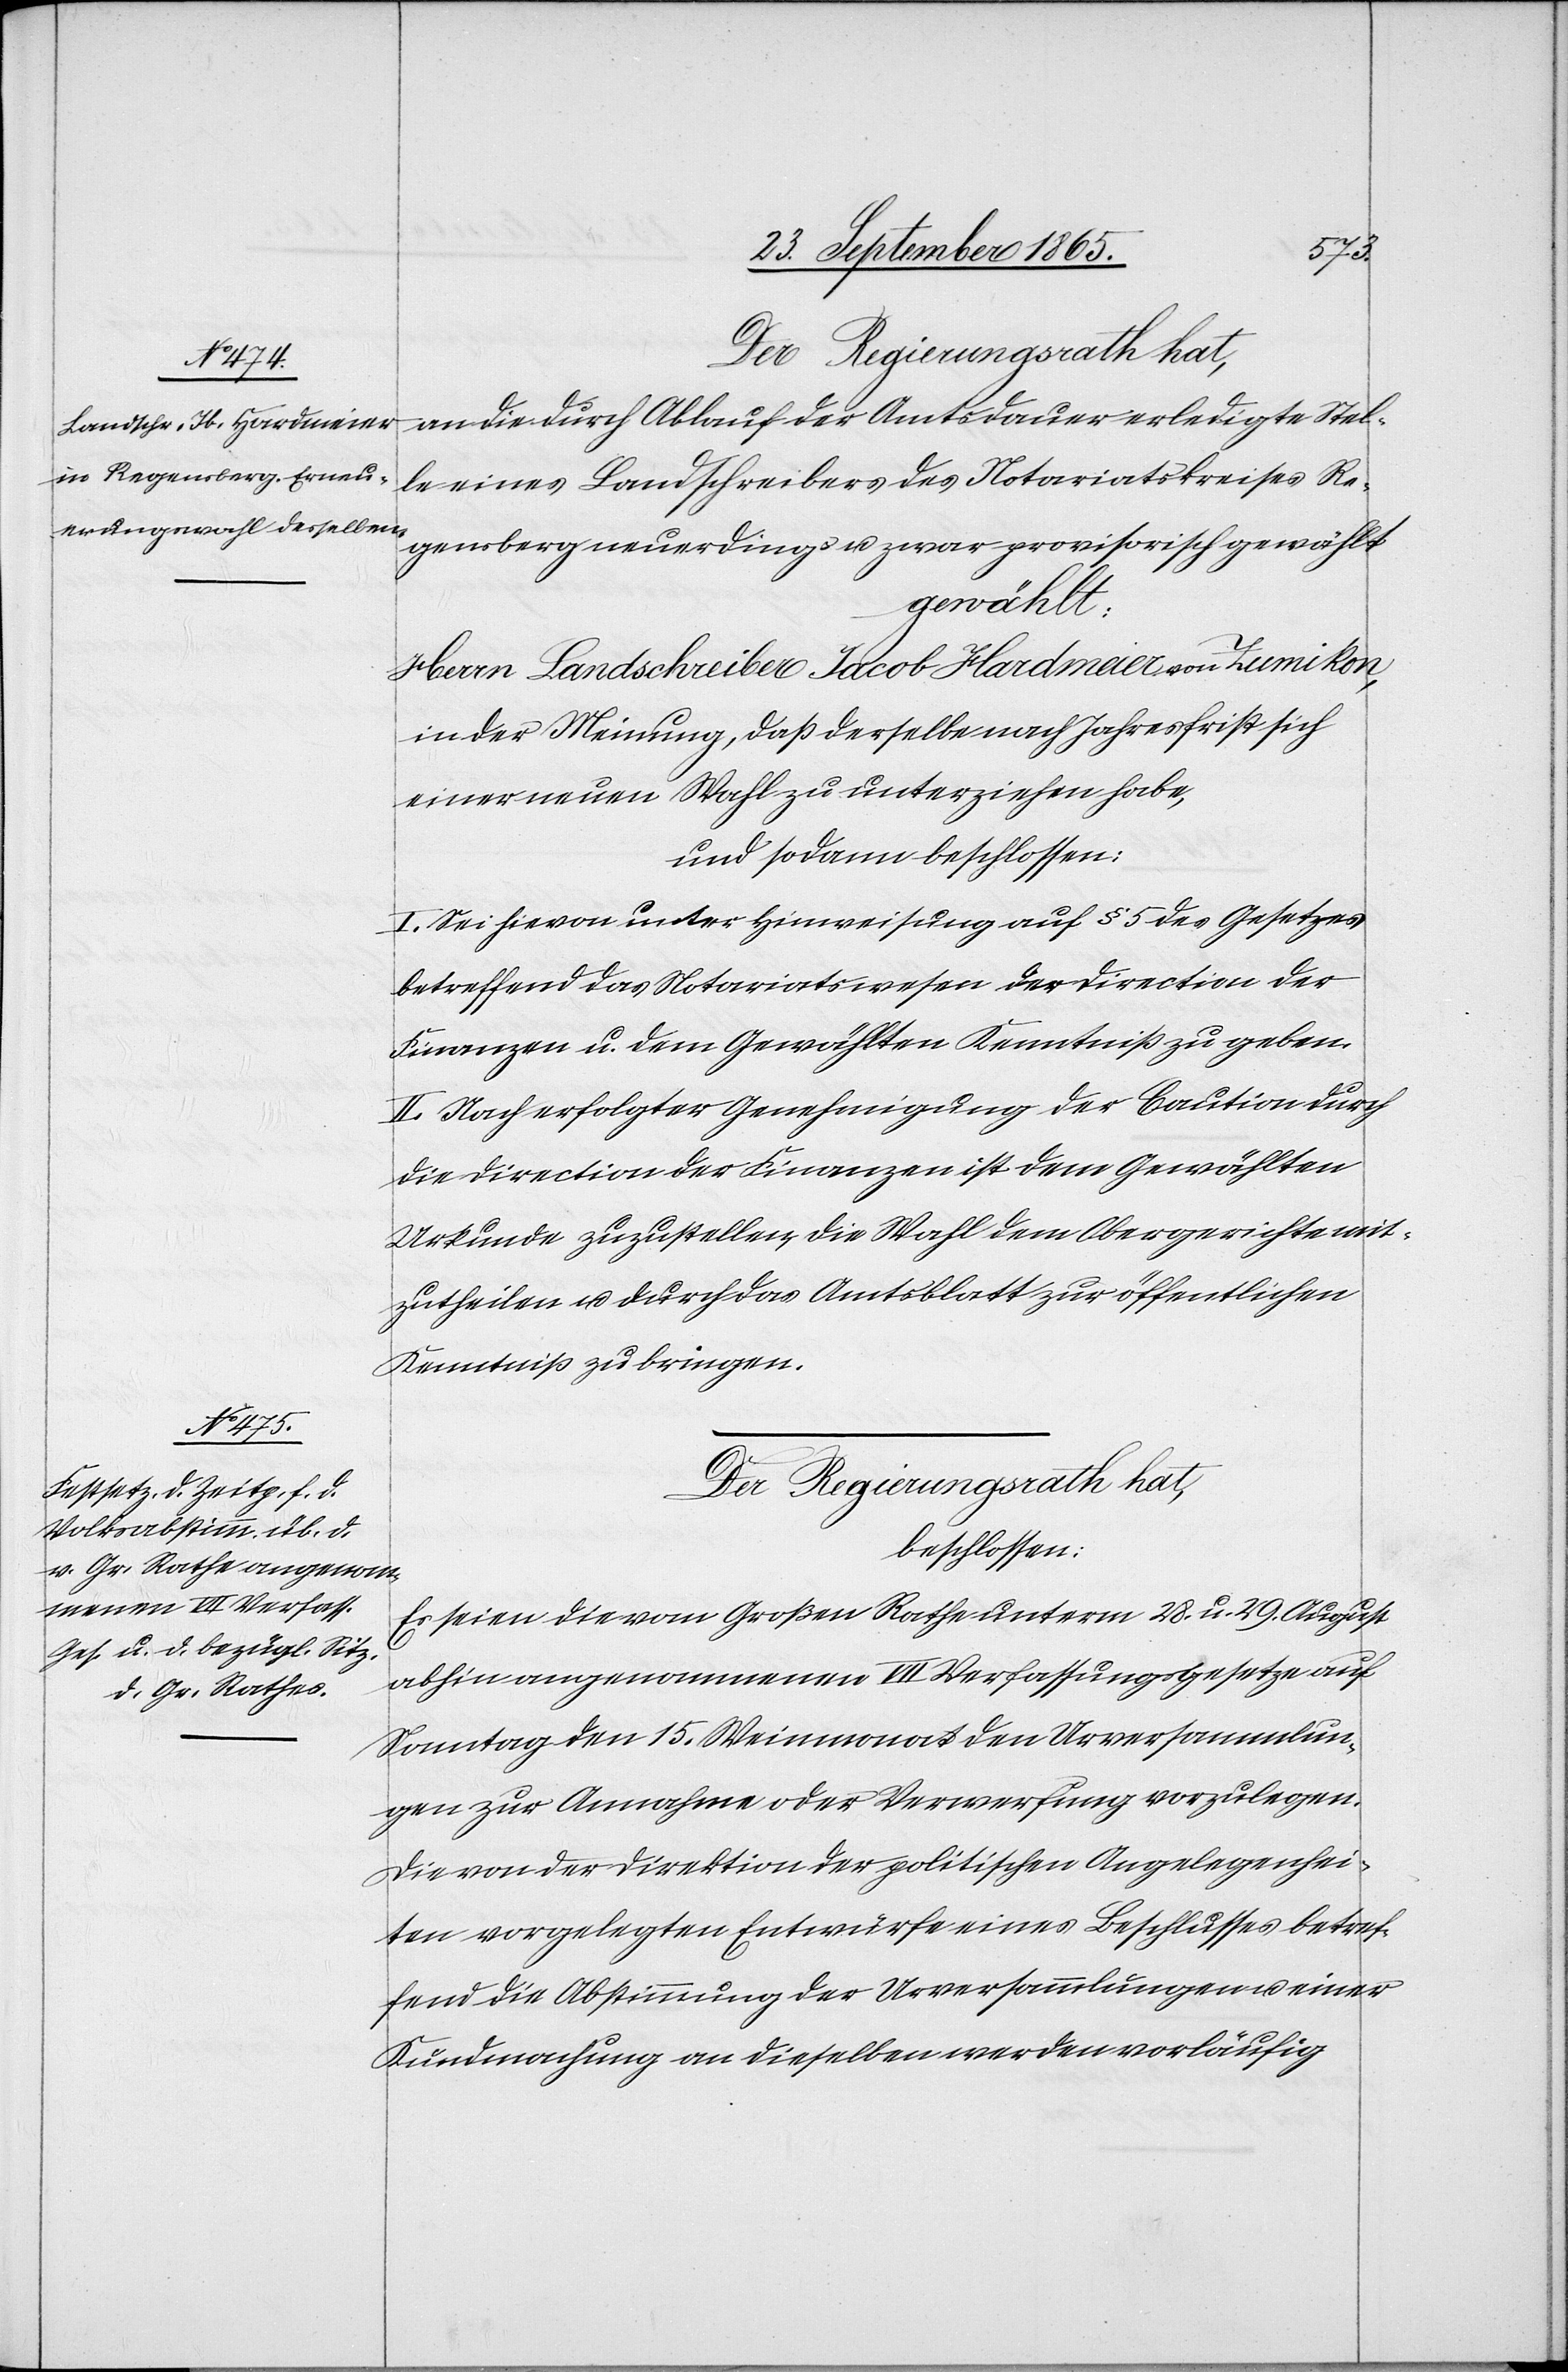
an die durch Ablauf der Amtsdauer erledigte Stel¬
le eines Landschreibers des Notariatskreises Re¬
gensberg neuerdings u. zwar provisorisch gewählt
gewählt
Herrn Landschreiber Jacob Hardmeier von Zumikon,
in der Meinung, daß derselbe nach Jahresfrist sich
einer neuen Wahl zu unterziehen habe,
und sodann beschlossen:
I. Sei hievon unter Hinweisung auf § 5 des Gesetzes
betreffend das Notariatswesen der Direction der
Finanzen u. dem Gewählten Kenntniß zu geben.
II. Nach erfolgter Genehmigung der Caution durch
die Direction der Finanzen ist dem Gewählten
Urkunde zuzustellen, die Wahl dem Obergerichte mit¬
zutheilen u. durch das Amtsblatt zur öffentlichen
Kenntniß zu bringen.
Der Regierungsrath hat,
beschlossen:
Es seien die vom Großen Rathe unterm 28. u. 29. August
abhin angenommenen VII Verfassungsgesetze auf
Montag den 15. Weinmonat den Urversammlun¬
gen zur Annahme oder Verwerfung vorzulegen.
Die von der Direktion der politischen Angelegenhei¬
ten vorgelegten Entwürfe eines Beschlusses betref¬
fend die Abstimmung der Urversammlungen u. einer
Kundmachung an dieselben werden vorläufig